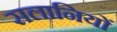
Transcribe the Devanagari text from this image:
सलानियों